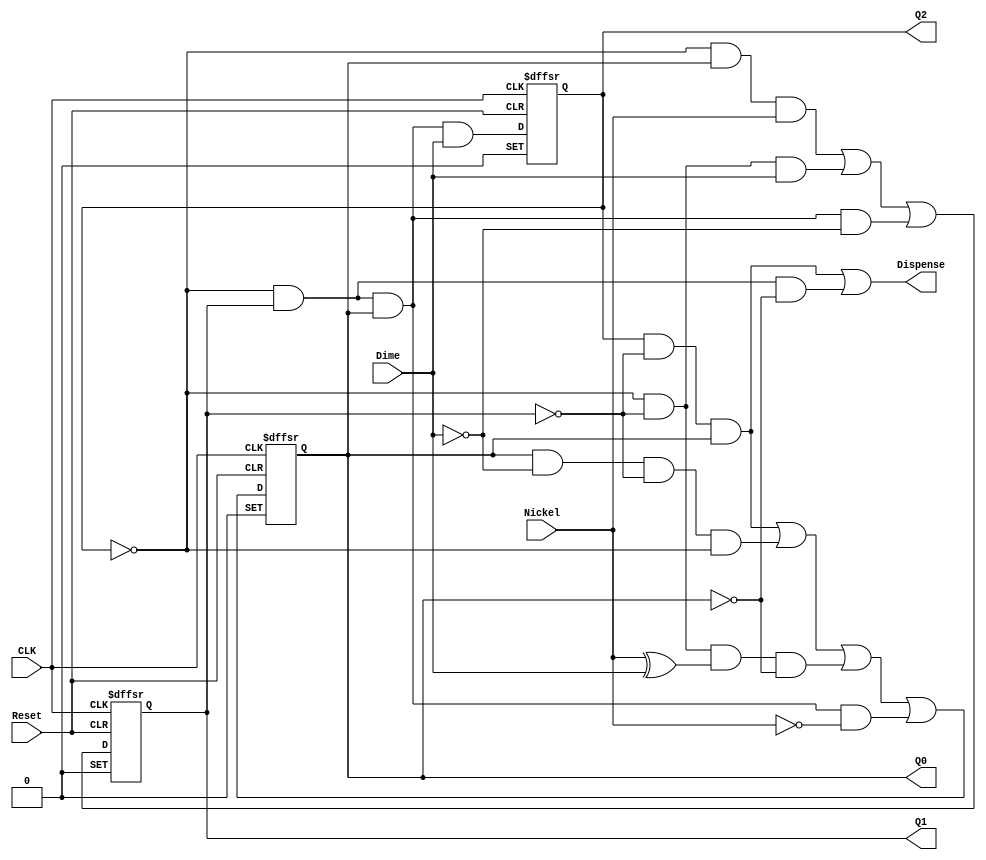
module vendblock(
	Reset,
	CLK,
	Dime,
	Nickel,
	Dispense,
	Q0,
	Q1,
	Q2
);

input	Reset;
input	CLK;
input	Dime;
input	Nickel;
output	Dispense;
output	Q0;
output	Q1;
output	Q2;

reg	Q_ALTERA_SYNTHESIZED0;
reg	Q_ALTERA_SYNTHESIZED1;
reg	Q_ALTERA_SYNTHESIZED2;
wire	SYNTHESIZED_WIRE_0;
wire	SYNTHESIZED_WIRE_34;
wire	SYNTHESIZED_WIRE_2;
wire	SYNTHESIZED_WIRE_4;
wire	SYNTHESIZED_WIRE_5;
wire	SYNTHESIZED_WIRE_6;
wire	SYNTHESIZED_WIRE_7;
wire	SYNTHESIZED_WIRE_8;
wire	SYNTHESIZED_WIRE_9;
wire	SYNTHESIZED_WIRE_10;
wire	SYNTHESIZED_WIRE_11;
wire	SYNTHESIZED_WIRE_35;
wire	SYNTHESIZED_WIRE_36;
wire	SYNTHESIZED_WIRE_37;
wire	SYNTHESIZED_WIRE_17;
wire	SYNTHESIZED_WIRE_19;
wire	SYNTHESIZED_WIRE_38;
wire	SYNTHESIZED_WIRE_22;
wire	SYNTHESIZED_WIRE_23;
wire	SYNTHESIZED_WIRE_28;
wire	SYNTHESIZED_WIRE_29;
wire	SYNTHESIZED_WIRE_30;
wire	SYNTHESIZED_WIRE_31;
wire	SYNTHESIZED_WIRE_32;
wire	SYNTHESIZED_WIRE_33;

assign	SYNTHESIZED_WIRE_34 = 1;




always@(posedge CLK or negedge Reset or negedge SYNTHESIZED_WIRE_34)
begin
if (!Reset)
	begin
	Q_ALTERA_SYNTHESIZED0 <= 0;
	end
else
if (!SYNTHESIZED_WIRE_34)
	begin
	Q_ALTERA_SYNTHESIZED0 <= 1;
	end
else
	begin
	Q_ALTERA_SYNTHESIZED0 <= SYNTHESIZED_WIRE_0;
	end
end

always@(posedge CLK or negedge Reset or negedge SYNTHESIZED_WIRE_34)
begin
if (!Reset)
	begin
	Q_ALTERA_SYNTHESIZED1 <= 0;
	end
else
if (!SYNTHESIZED_WIRE_34)
	begin
	Q_ALTERA_SYNTHESIZED1 <= 1;
	end
else
	begin
	Q_ALTERA_SYNTHESIZED1 <= SYNTHESIZED_WIRE_2;
	end
end
assign	SYNTHESIZED_WIRE_31 =  ~Q_ALTERA_SYNTHESIZED2;
assign	SYNTHESIZED_WIRE_32 =  ~Q_ALTERA_SYNTHESIZED0;
assign	SYNTHESIZED_WIRE_33 =  ~Q_ALTERA_SYNTHESIZED1;
assign	SYNTHESIZED_WIRE_0 = SYNTHESIZED_WIRE_4 | SYNTHESIZED_WIRE_5 | SYNTHESIZED_WIRE_6 | SYNTHESIZED_WIRE_7;
assign	SYNTHESIZED_WIRE_2 = SYNTHESIZED_WIRE_8 | SYNTHESIZED_WIRE_9 | SYNTHESIZED_WIRE_10;
assign	SYNTHESIZED_WIRE_11 =  ~Q_ALTERA_SYNTHESIZED2;
assign	SYNTHESIZED_WIRE_17 = SYNTHESIZED_WIRE_11 & Q_ALTERA_SYNTHESIZED1 & Q_ALTERA_SYNTHESIZED0 & Dime;
assign	SYNTHESIZED_WIRE_8 = SYNTHESIZED_WIRE_35 & Q_ALTERA_SYNTHESIZED0 & Nickel;
assign	SYNTHESIZED_WIRE_10 = SYNTHESIZED_WIRE_35 & Q_ALTERA_SYNTHESIZED1 & Q_ALTERA_SYNTHESIZED0 & SYNTHESIZED_WIRE_36;
assign	SYNTHESIZED_WIRE_9 = SYNTHESIZED_WIRE_35 & SYNTHESIZED_WIRE_37 & Dime;

always@(posedge CLK or negedge Reset or negedge SYNTHESIZED_WIRE_34)
begin
if (!Reset)
	begin
	Q_ALTERA_SYNTHESIZED2 <= 0;
	end
else
if (!SYNTHESIZED_WIRE_34)
	begin
	Q_ALTERA_SYNTHESIZED2 <= 1;
	end
else
	begin
	Q_ALTERA_SYNTHESIZED2 <= SYNTHESIZED_WIRE_17;
	end
end
assign	SYNTHESIZED_WIRE_35 =  ~Q_ALTERA_SYNTHESIZED2;
assign	SYNTHESIZED_WIRE_36 =  ~Dime;
assign	SYNTHESIZED_WIRE_37 =  ~Q_ALTERA_SYNTHESIZED1;
assign	SYNTHESIZED_WIRE_4 = Q_ALTERA_SYNTHESIZED2 & SYNTHESIZED_WIRE_19 & Q_ALTERA_SYNTHESIZED0;
assign	SYNTHESIZED_WIRE_19 =  ~Q_ALTERA_SYNTHESIZED1;
assign	SYNTHESIZED_WIRE_38 =  ~Q_ALTERA_SYNTHESIZED2;
assign	SYNTHESIZED_WIRE_28 =  ~Nickel;
assign	SYNTHESIZED_WIRE_6 = SYNTHESIZED_WIRE_38 & SYNTHESIZED_WIRE_37 & SYNTHESIZED_WIRE_22 & SYNTHESIZED_WIRE_23;
assign	SYNTHESIZED_WIRE_5 = Q_ALTERA_SYNTHESIZED0 & SYNTHESIZED_WIRE_36 & SYNTHESIZED_WIRE_37 & SYNTHESIZED_WIRE_38;
assign	SYNTHESIZED_WIRE_7 = SYNTHESIZED_WIRE_38 & Q_ALTERA_SYNTHESIZED1 & Q_ALTERA_SYNTHESIZED0 & SYNTHESIZED_WIRE_28;
assign	SYNTHESIZED_WIRE_22 = Nickel ^ Dime;
assign	SYNTHESIZED_WIRE_23 =  ~Q_ALTERA_SYNTHESIZED0;
assign	Dispense = SYNTHESIZED_WIRE_29 | SYNTHESIZED_WIRE_30;
assign	SYNTHESIZED_WIRE_30 = SYNTHESIZED_WIRE_31 & Q_ALTERA_SYNTHESIZED1 & SYNTHESIZED_WIRE_32;
assign	SYNTHESIZED_WIRE_29 = Q_ALTERA_SYNTHESIZED2 & SYNTHESIZED_WIRE_33 & Q_ALTERA_SYNTHESIZED0;
assign	Q0 = Q_ALTERA_SYNTHESIZED0;
assign	Q1 = Q_ALTERA_SYNTHESIZED1;
assign	Q2 = Q_ALTERA_SYNTHESIZED2;


endmodule